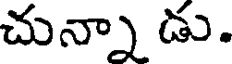
చున్నా డు.